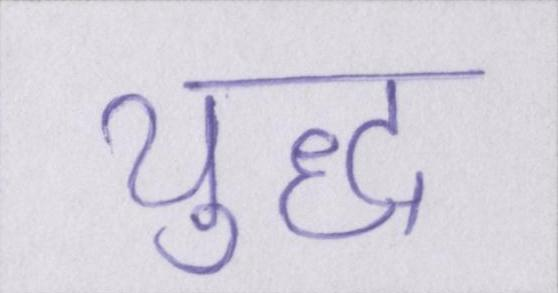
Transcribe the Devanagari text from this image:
युध्द